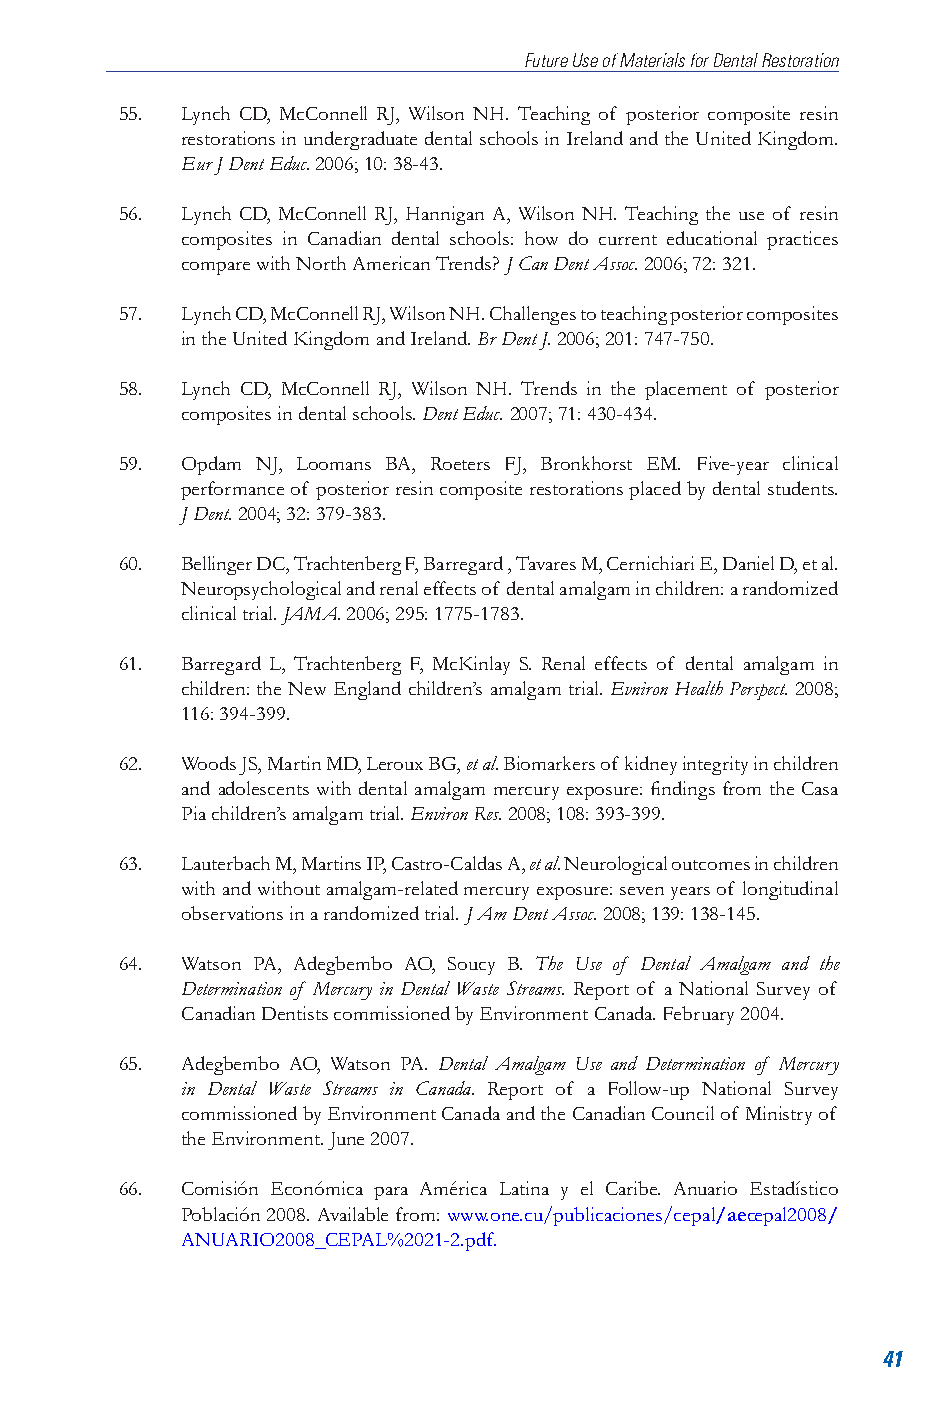
Future Use of Materials for Dental Restoration
 55. Lynch CD, McConnell RJ, Wilson NH. Teaching of posterior composite resin
 restorations in undergraduate dental schools in Ireland and the United Kingdom.
 Eur J Dent Educ. 2006; 10: 38-43.
 56. Lynch CD, McConnell RJ, Hannigan A, Wilson NH. Teaching the use of resin
 composites in Canadian dental schools: how do current educational practices
 compare with North American Trends? J Can Dent Assoc. 2006; 72: 321.
 57. Lynch CD, McConnell RJ, Wilson NH. Challenges to teaching posterior composites
 in the United Kingdom and Ireland. Br Dent J. 2006; 201: 747-750.
 58. Lynch CD, McConnell RJ, Wilson NH. Trends in the placement of posterior
 composites in dental schools. Dent Educ. 2007; 71: 430-434.
 59. Opdam NJ, Loomans BA, Roeters FJ, Bronkhorst EM. Five-year clinical
 performance of posterior resin composite restorations placed by dental students.
 J Dent. 2004; 32: 379-383.
 60. Bellinger DC, Trachtenberg F, Barregard , Tavares M, Cernichiari E, Daniel D, et al.
 Neuropsychological and renal effects of dental amalgam in children: a randomized
 clinical trial. JAMA. 2006; 295: 1775-1783.
 61. Barregard L, Trachtenberg F, McKinlay S. Renal effects of dental amalgam in
 children: the New England children’s amalgam trial. Evniron Health Perspect. 2008;
 116: 394-399.
 62. Woods JS, Martin MD, Leroux BG, et al. Biomarkers of kidney integrity in children
 and adolescents with dental amalgam mercury exposure: findings from the Casa
 Pia children’s amalgam trial. Environ Res. 2008; 108: 393-399.
 63. Lauterbach M, Martins IP, Castro-Caldas A, et al. Neurological outcomes in children
 with and without amalgam-related mercury exposure: seven years of longitudinal
 observations in a randomized trial. J Am Dent Assoc. 2008; 139: 138-145.
 64. Watson PA, Adegbembo AO, Soucy B. The Use of Dental Amalgam and the
 Determination of Mercury in Dental Waste Streams. Report of a National Survey of
 Canadian Dentists commissioned by Environment Canada. February 2004.
 65. Adegbembo AO, Watson PA. Dental Amalgam Use and Determination of Mercury
 in Dental Waste Streams in Canada. Report of a Follow-up National Survey
 commissioned by Environment Canada and the Canadian Council of Ministry of
 the Environment. June 2007.
 66. Comisión Económica para América Latina y el Caribe. Anuario Estadístico
 Población 2008. Available from: www.one.cu/publicaciones/cepal/aecepal2008/
 ANUARIO2008_CEPAL%2021-2.pdf.
 41